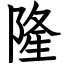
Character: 隆